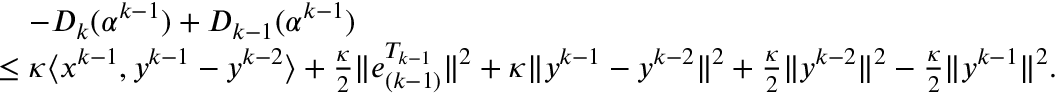
\begin{array} { r l } & { \quad - D _ { k } ( \alpha ^ { k - 1 } ) + D _ { k - 1 } ( \alpha ^ { k - 1 } ) } \\ & { \leq \kappa \langle x ^ { k - 1 } , y ^ { k - 1 } - y ^ { k - 2 } \rangle + \frac { \kappa } { 2 } \| e _ { ( k - 1 ) } ^ { T _ { k - 1 } } \| ^ { 2 } + \kappa \| y ^ { k - 1 } - y ^ { k - 2 } \| ^ { 2 } + \frac { \kappa } { 2 } \| y ^ { k - 2 } \| ^ { 2 } - \frac { \kappa } { 2 } \| y ^ { k - 1 } \| ^ { 2 } . } \end{array}